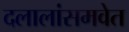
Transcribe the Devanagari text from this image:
दलालांसमवेत